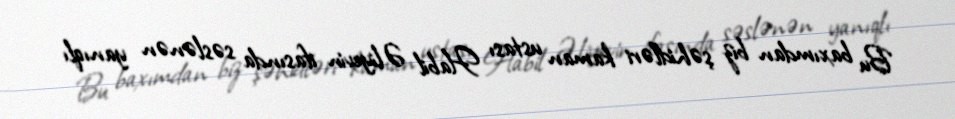
Bu baxımdan biz şəhidləri kaman ustası Habil Əliyevin ifasında səslənən yanıqlı